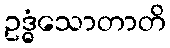
ဥဒ္ဓံသောတာတိ